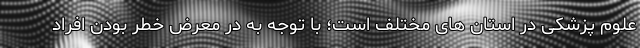
علوم پزشکی در استان های مختلف است؛ با توجه به در معرض خطر بودن افراد